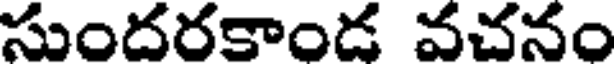
సుందరకాండ వచనం